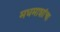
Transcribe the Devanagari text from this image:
मधमाशांचा